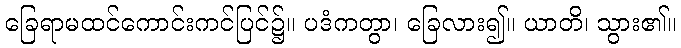
ခြေရာမထင်ကောင်းကင်ပြင်၌။ ပဒံကတွာ၊ ခြေလား၍။ ယာတိ၊ သွား၏။